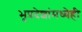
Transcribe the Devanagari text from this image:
भूप्रदेशांमध्येही